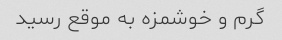
گرم و خوشمزه به موقع رسید